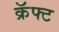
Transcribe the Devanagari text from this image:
क्रॅफ्ट